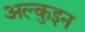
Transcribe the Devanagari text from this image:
अल्कुइन